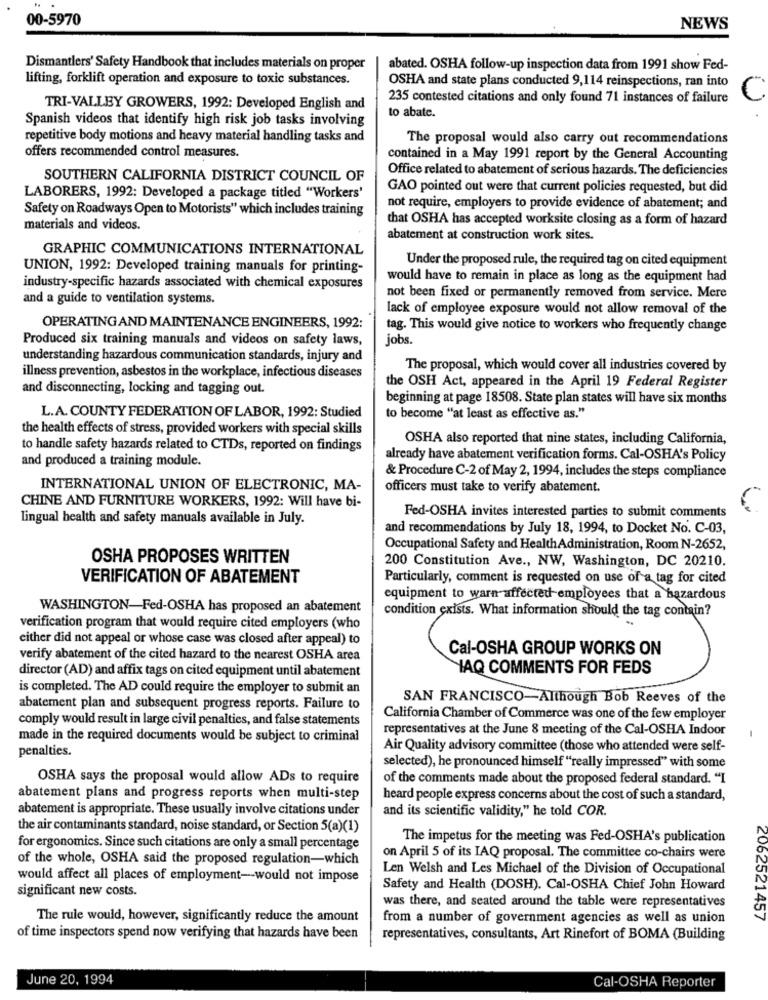
00-5970
NEWS
Dismantlers' Safety Handbook that includes materials on proper
abated. OSHA follow-up inspection data from 1991 show Fed-
lifting, forklift operation and exposure to toxic substances.
OSHA and state plans conducted 9,114 reinspections, ran into
235 contested citations and only found 71 instances of failure
C
TRI-VALLEY GROWERS, 1992: Developed English and
to abate.
Spanish videos that identify high risk job tasks involving
repetitive body motions and heavy material handling tasks and
The proposal would also carry out recommendations
offers recommended control measures.
contained in a May 1991 report by the General Accounting
Office related to abatement of serious hazards. The deficiencies
SOUTHERN CALIFORNIA DISTRICT COUNCIL OF
GAO pointed out were that current policies requested, but did
LABORERS, 1992: Developed a package titled "Workers'
Safety on Roadways Open to Motorists" which includes training
not require, employers to provide evidence of abatement; and
that OSHA has accepted worksite closing as a form of hazard
materials and videos.
abatement at construction work sites.
GRAPHIC COMMUNICATIONS INTERNATIONAL
Under the proposed rule, the required tag on cited equipment
UNION, 1992: Developed training manuals for printing-
would have to remain in place as long as the equipment had
industry-specific hazards associated with chemical exposures
and a guide to ventilation systems.
not been fixed or permanently removed from service. Mere
lack of employee exposure would not allow removal of the
OPERATING AND MAINTENANCE ENGINEERS, 1992:
tag. This would give notice to workers who frequently change
Produced six training manuals and videos on safety laws,
jobs.
understanding hazardous communication standards, injury and
The proposal, which would cover all industries covered by
illness prevention, asbestos in the workplace, infectious diseases
and disconnecting, locking and tagging out.
the OSH Act, appeared in the April 19 Federal Register
beginning at page 18508. State plan states will have six months
L.A. COUNTY FEDERATION OF LABOR, 1992: Studied
to become "at least as effective as."
the health effects of stress, provided workers with special skills
OSHA also reported that nine states, including California,
to handle safety hazards related to CTDs, reported on findings
and produced a training module.
already have abatement verification forms. Cal-OSHA's Policy
& Procedure C-2 of May 2, 1994, includes the steps compliance
INTERNATIONAL UNION OF ELECTRONIC, MA-
officers must take to verify abatement.
CHINE AND FURNITURE WORKERS, 1992: Will have bi-
lingual health and safety manuals available in July.
Fed-OSHA invites interested parties to submit comments
and recommendations by July 18, 1994, to Docket No. C-03,
Occupational Safety and HealthAdministration, Room N-2652,
OSHA PROPOSES WRITTEN
200 Constitution Ave ., NW, Washington, DC 20210.
VERIFICATION OF ABATEMENT
Particularly, comment is requested on use of a tag for cited
equipment to warn affected employees that a hazardous
WASHINGTON-Fed-OSHA has proposed an abatement
condition exists. What information should the tag contain?
verification program that would require cited employers (who
either did not appeal or whose case was closed after appeal) to
Cal-OSHA GROUP WORKS ON
verify abatement of the cited hazard to the nearest OSHA area
director (AD) and affix tags on cited equipment until abatement
HAQ COMMENTS FOR FEDS
is completed. The AD could require the employer to submit an
SAN FRANCISCO-Although Bob Reeves of the
abatement plan and subsequent progress reports. Failure to
comply would result in large civil penalties, and false statements
California Chamber of Commerce was one of the few employer
representatives at the June 8 meeting of the Cal-OSHA Indoor
made in the required documents would be subject to criminal
penalties.
Air Quality advisory committee (those who attended were self-
selected), he pronounced himself "really impressed" with some
OSHA says the proposal would allow ADs to require
of the comments made about the proposed federal standard. "I
abatement plans and progress reports when multi-step
heard people express concerns about the cost of such a standard,
abatement is appropriate. These usually involve citations under
and its scientific validity," he told COR.
the air contaminants standard, noise standard, or Section 5(a)(1)
The impetus for the meeting was Fed-OSHA's publication
for ergonomics. Since such citations are only a small percentage
of the whole, OSHA said the proposed regulation-which
on April 5 of its IAQ proposal. The committee co-chairs were
Len Welsh and Les Michael of the Division of Occupational
would affect all places of employment-would not impose
significant new costs.
Safety and Health (DOSH). Cal-OSHA Chief John Howard
was there, and seated around the table were representatives
The rule would, however, significantly reduce the amount
from a number of government agencies as well as union
2062521457
of time inspectors spend now verifying that hazards have been
representatives, consultants, Art Rinefort of BOMA (Building
June 20, 1994
Cal-OSHA Reporter